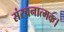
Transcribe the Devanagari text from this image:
संरचनात्मक।